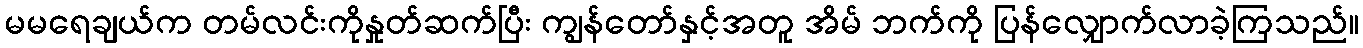
မမရေချယ်က တမ်လင်းကိုနှုတ်ဆက်ပြီး ကျွန်တော်နှင့်အတူ အိမ် ဘက်ကို ပြန်လျှောက်လာခဲ့ကြသည်။